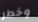
وخطر